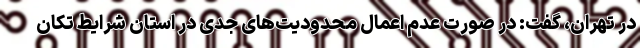
در تهران، گفت: در صورت عدم اعمال محدودیت‌های جدی در استان شرایط تکان